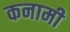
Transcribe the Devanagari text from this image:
कनामी